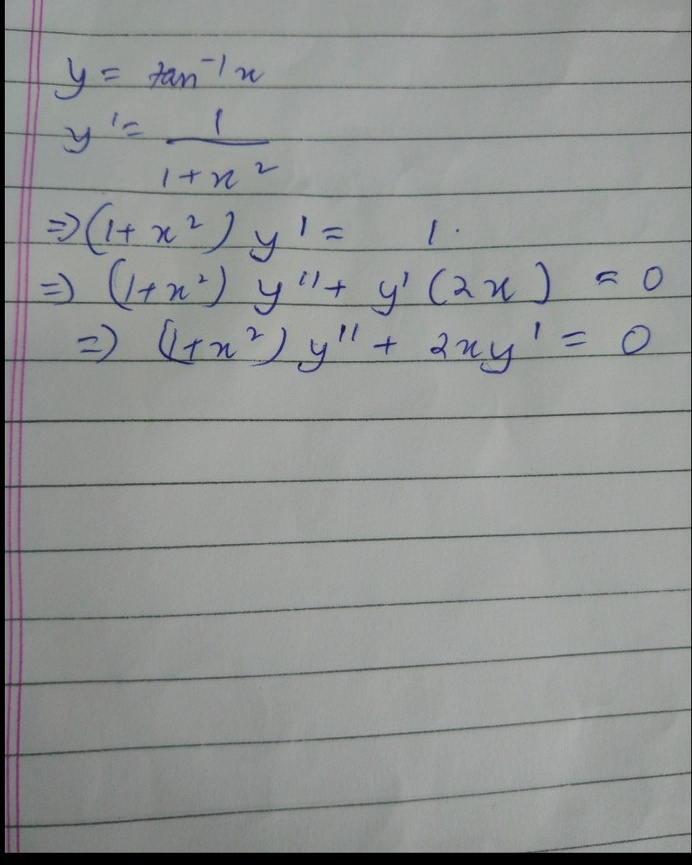
\[
\begin{align*}
y&=\tan^{-1}x\\
y'&=\frac{1}{1 + x^{2}}\\
\Rightarrow(1 + x^{2})y'&= 1\\
\Rightarrow(1 + x^{2})y''+y'(2x)&=0\\
\Rightarrow(1 + x^{2})y'' + 2xy'&=0
\end{align*}
\]